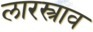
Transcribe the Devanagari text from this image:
लारस्त्राव